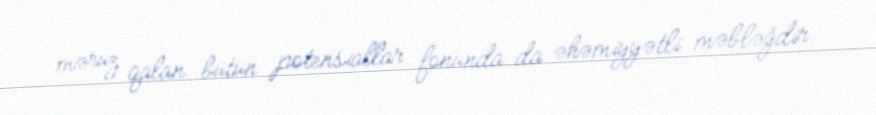
məruz qalan bütün potensiallar fonunda da əhəmiyyətli məbləğdir.